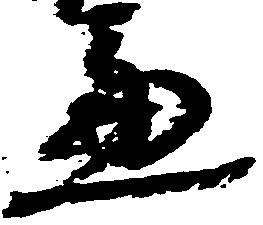
慮